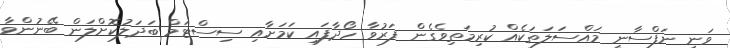
ވަނީ ނަފްސާނީ މައްސަލަތަކެއް ކުރިމަތިވެގެން ފަރުވާ ހޯދާފައި ކަމަށާއި ސިސްޓަމް ބަދަލުކޮށްލަން ބޭނުންވާ